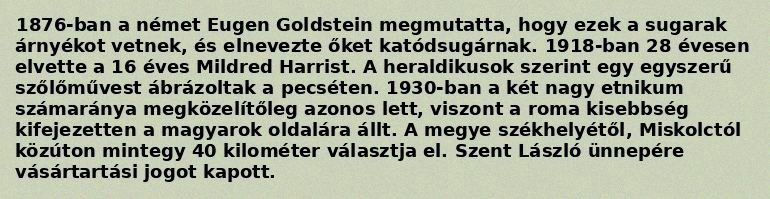
1876-ban a német Eugen Goldstein megmutatta, hogy ezek a sugarak árnyékot vetnek, és elnevezte őket katódsugárnak. 1918-ban 28 évesen elvette a 16 éves Mildred Harrist. A heraldikusok szerint egy egyszerű szőlőművest ábrázoltak a pecséten. 1930-ban a két nagy etnikum számaránya megközelítőleg azonos lett, viszont a roma kisebbség kifejezetten a magyarok oldalára állt. A megye székhelyétől, Miskolctól közúton mintegy 40 kilométer választja el. Szent László ünnepére vásártartási jogot kapott.